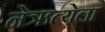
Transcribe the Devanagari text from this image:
नेऋत्येला